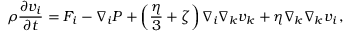
\rho \frac { \partial v _ { i } } { \partial t } = F _ { i } - \nabla _ { i } P + \left( \frac { \eta } { 3 } + \zeta \right) \nabla _ { i } \nabla _ { k } v _ { k } + \eta \nabla _ { k } \nabla _ { k } v _ { i } \, ,